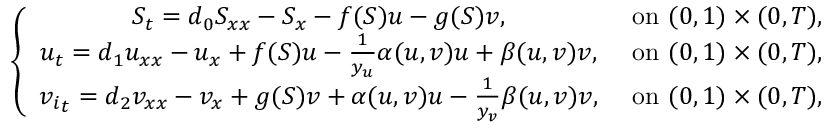
\left\{ \begin{array} { c c } { S _ { t } = d _ { 0 } S _ { x x } - S _ { x } - f ( S ) u - g ( S ) v , } & { \mathrm { ~ o n ~ } ( 0 , 1 ) \times ( 0 , T ) , } \\ { { u } _ { t } = d _ { 1 } { u } _ { x x } - { u } _ { x } + f ( S ) u - \frac { 1 } { y _ { u } } \alpha ( u , v ) u + \beta ( u , v ) v , } & { \mathrm { ~ o n ~ } ( 0 , 1 ) \times ( 0 , T ) , } \\ { { v _ { i } } _ { t } = d _ { 2 } { v } _ { x x } - { v } _ { x } + g ( S ) v + \alpha ( u , v ) u - \frac { 1 } { y _ { v } } \beta ( u , v ) v , } & { \mathrm { ~ o n ~ } ( 0 , 1 ) \times ( 0 , T ) , } \end{array} \right.